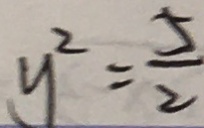
y ^ { 2 } = \frac { 5 } { 2 }